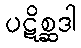
ပဋိစ္ဆဒါ